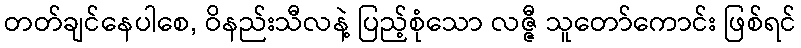
တတ်ချင်နေပါစေ, ဝိနည်းသီလနဲ့ ပြည့်စုံသော လဇ္ဇီ သူတော်ကောင်း ဖြစ်ရင်